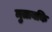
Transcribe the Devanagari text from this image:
मुताबकि